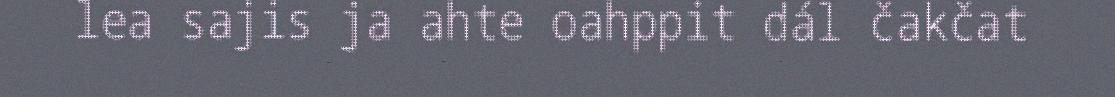
lea sajis ja ahte oahppit dál čakčat